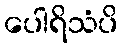
ပေါရိသံပိ